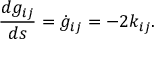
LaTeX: \frac { d g _ { i j } } { d s } = \dot { g } _ { i j } = - 2 { k } _ { i j } .